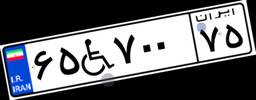
۱۳W۶۵۹۹۱